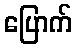
ပြောက်